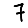
Digit: 7